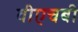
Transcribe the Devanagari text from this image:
वीएचबी